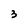
Character: 3